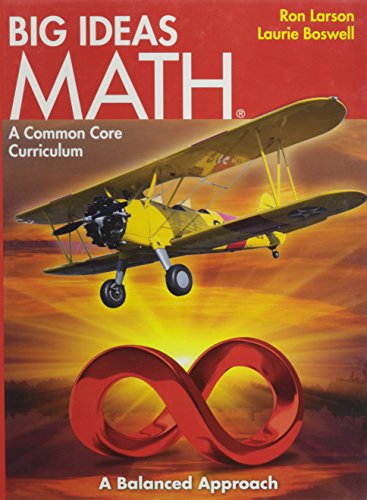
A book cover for BIG IDEAS MATH: Common Core Student Edition Red 2014; HOUGHTON MIFFLIN HARCOURT; Education & Teaching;